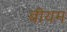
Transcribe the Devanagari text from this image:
बीयम